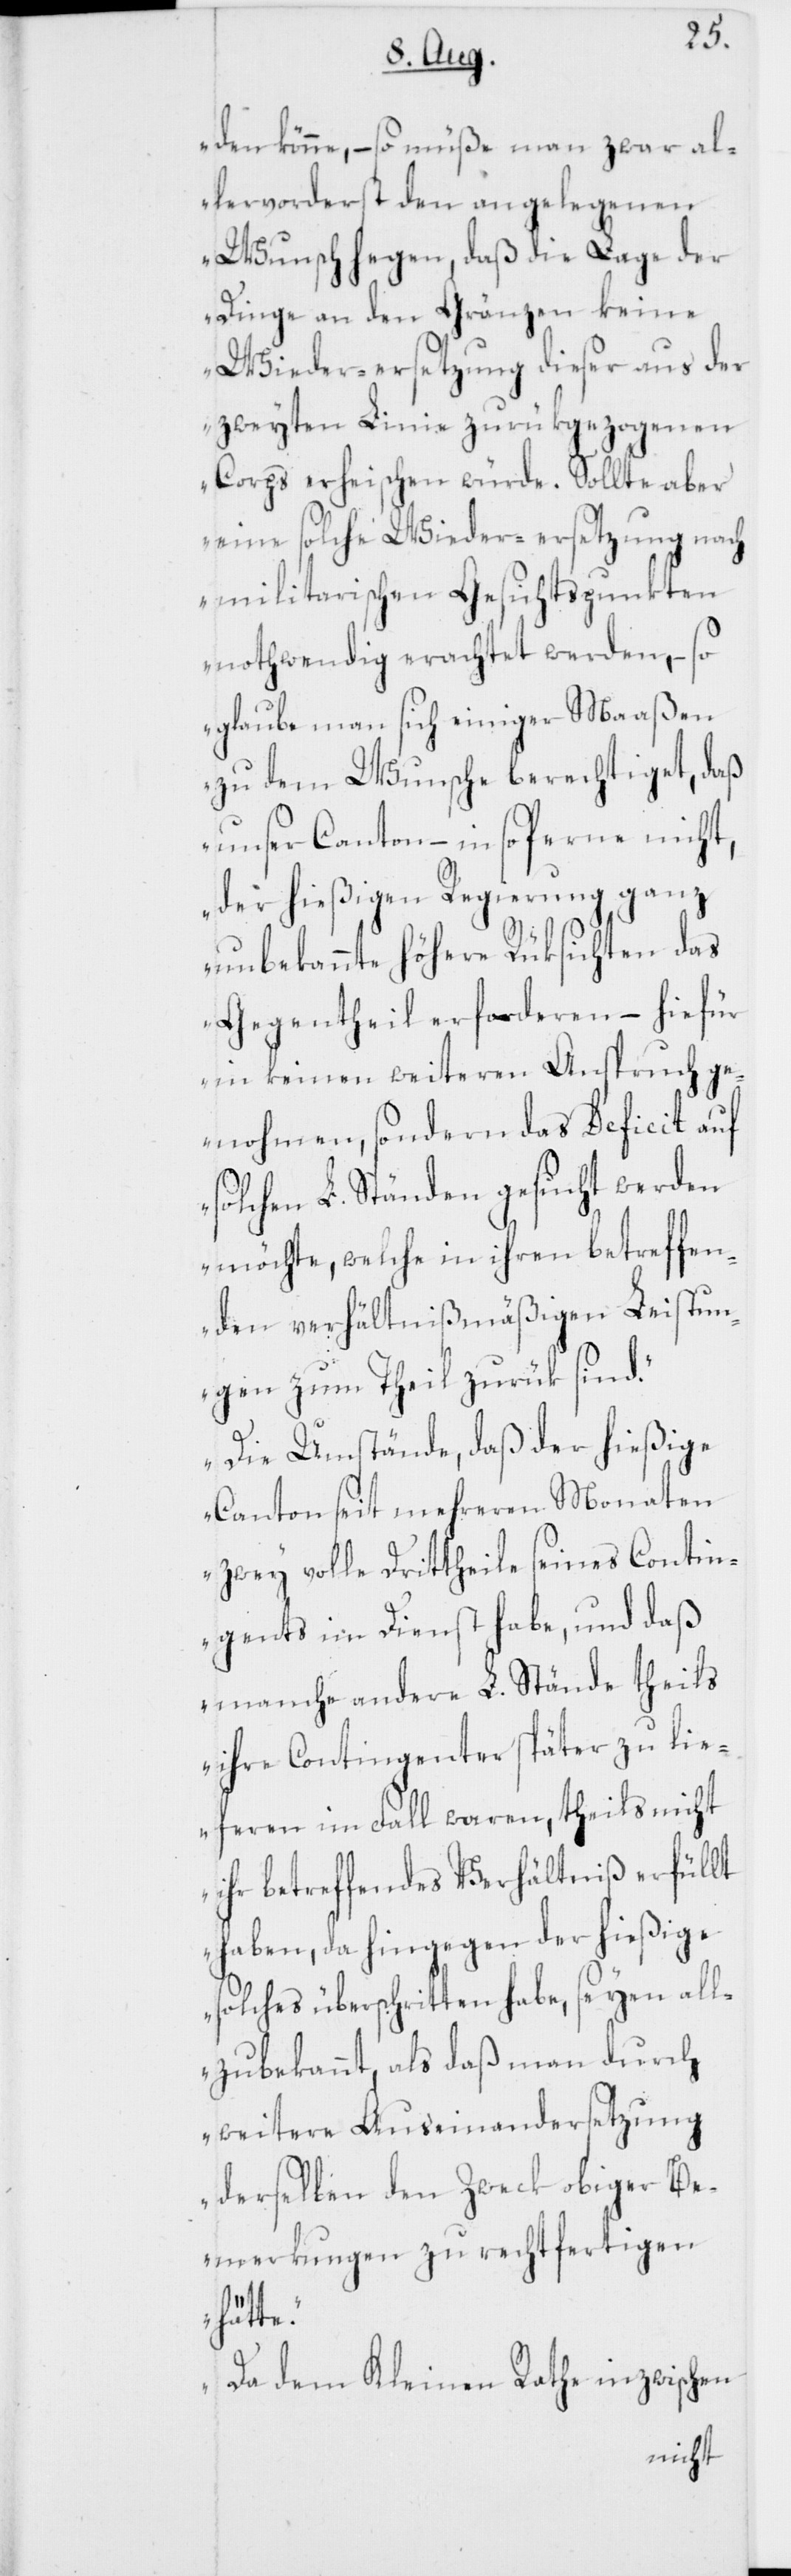
den könne, – so müße man zwar al¬
lervorderst den angelegenen
Wunsch hegen, daß die Lage der
Dinge an den Gränzen keine
Wieder-ersetzung dieser aus der
zweyten Linie zurükgezogenen
Corps erheischen würde. Sollte aber
eine solche Wieder-ersetzung nach
militarischen Gesichtspunkten
nothwendig erachtet werden, – so
glaube man sich einiger Maaßen
zu dem Wunsche berechtiget, daß
unser Canton, – in so ferne nicht,
der hießigen Regierung ganz
unbekannte höhere Rüksichten das
Gegentheil erforderen – hiefür
in keinen weiteren Anspruch ge¬
nohmen, sondern das Deficit auf
solchen L. Ständen gesucht werden
möchte, welche in ihren betreffen¬
den verhältnißmäßigen Leistun¬
gen zum Theil zurük sind.
Die Umstände, daß der hießige
Canton seit mehreren Monaten
zwey volle Drittheile seines Contin¬
gents im Dienst habe, und daß
manche andere L. Stände theils
ihre Contingenter später zu lie¬
feren im Fall waren, theils nicht
ihr betreffendes Verhältniß erfüllt
haben, da hingegen der hießige
solches überschritten habe, seyen all¬
zubekannt, als daß man durch
weitere Auseinandersetzung
derselben den Zweck obiger Be¬
merkungen zu rechtfertigen
hätte.
Da dem Kleinen Rathe inzwischen